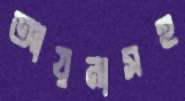
আয়নাসহ